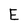
Character: E